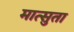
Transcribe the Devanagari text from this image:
मात्सुता